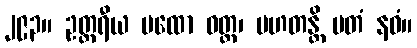
၂၉၃။ ဥတ္တရီယ မထော ဝတ္ထ၊ မဟတန္တိ မတံ နဝံ။